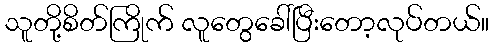
သူတို့စိတ်ကြိုက် လူတွေခေါ်ပြီးတော့လုပ်တယ်။